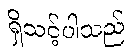
ရှိသင့်ပါသည်